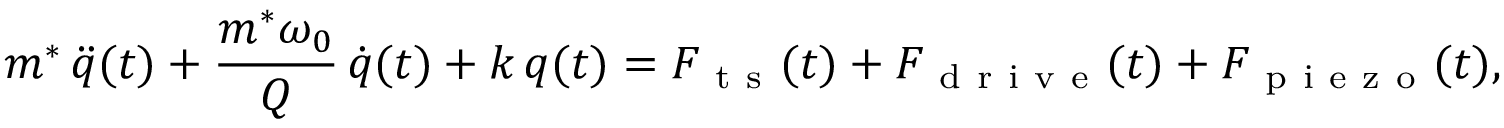
m ^ { * } \, \ddot { q } ( t ) + \frac { m ^ { * } \omega _ { 0 } } { Q } \, \dot { q } ( t ) + k \, q ( t ) = F _ { \mathrm { ~ t ~ s ~ } } ( t ) + F _ { \mathrm { ~ d ~ r ~ i ~ v ~ e ~ } } ( t ) + F _ { \mathrm { ~ p ~ i ~ e ~ z ~ o ~ } } ( t ) ,